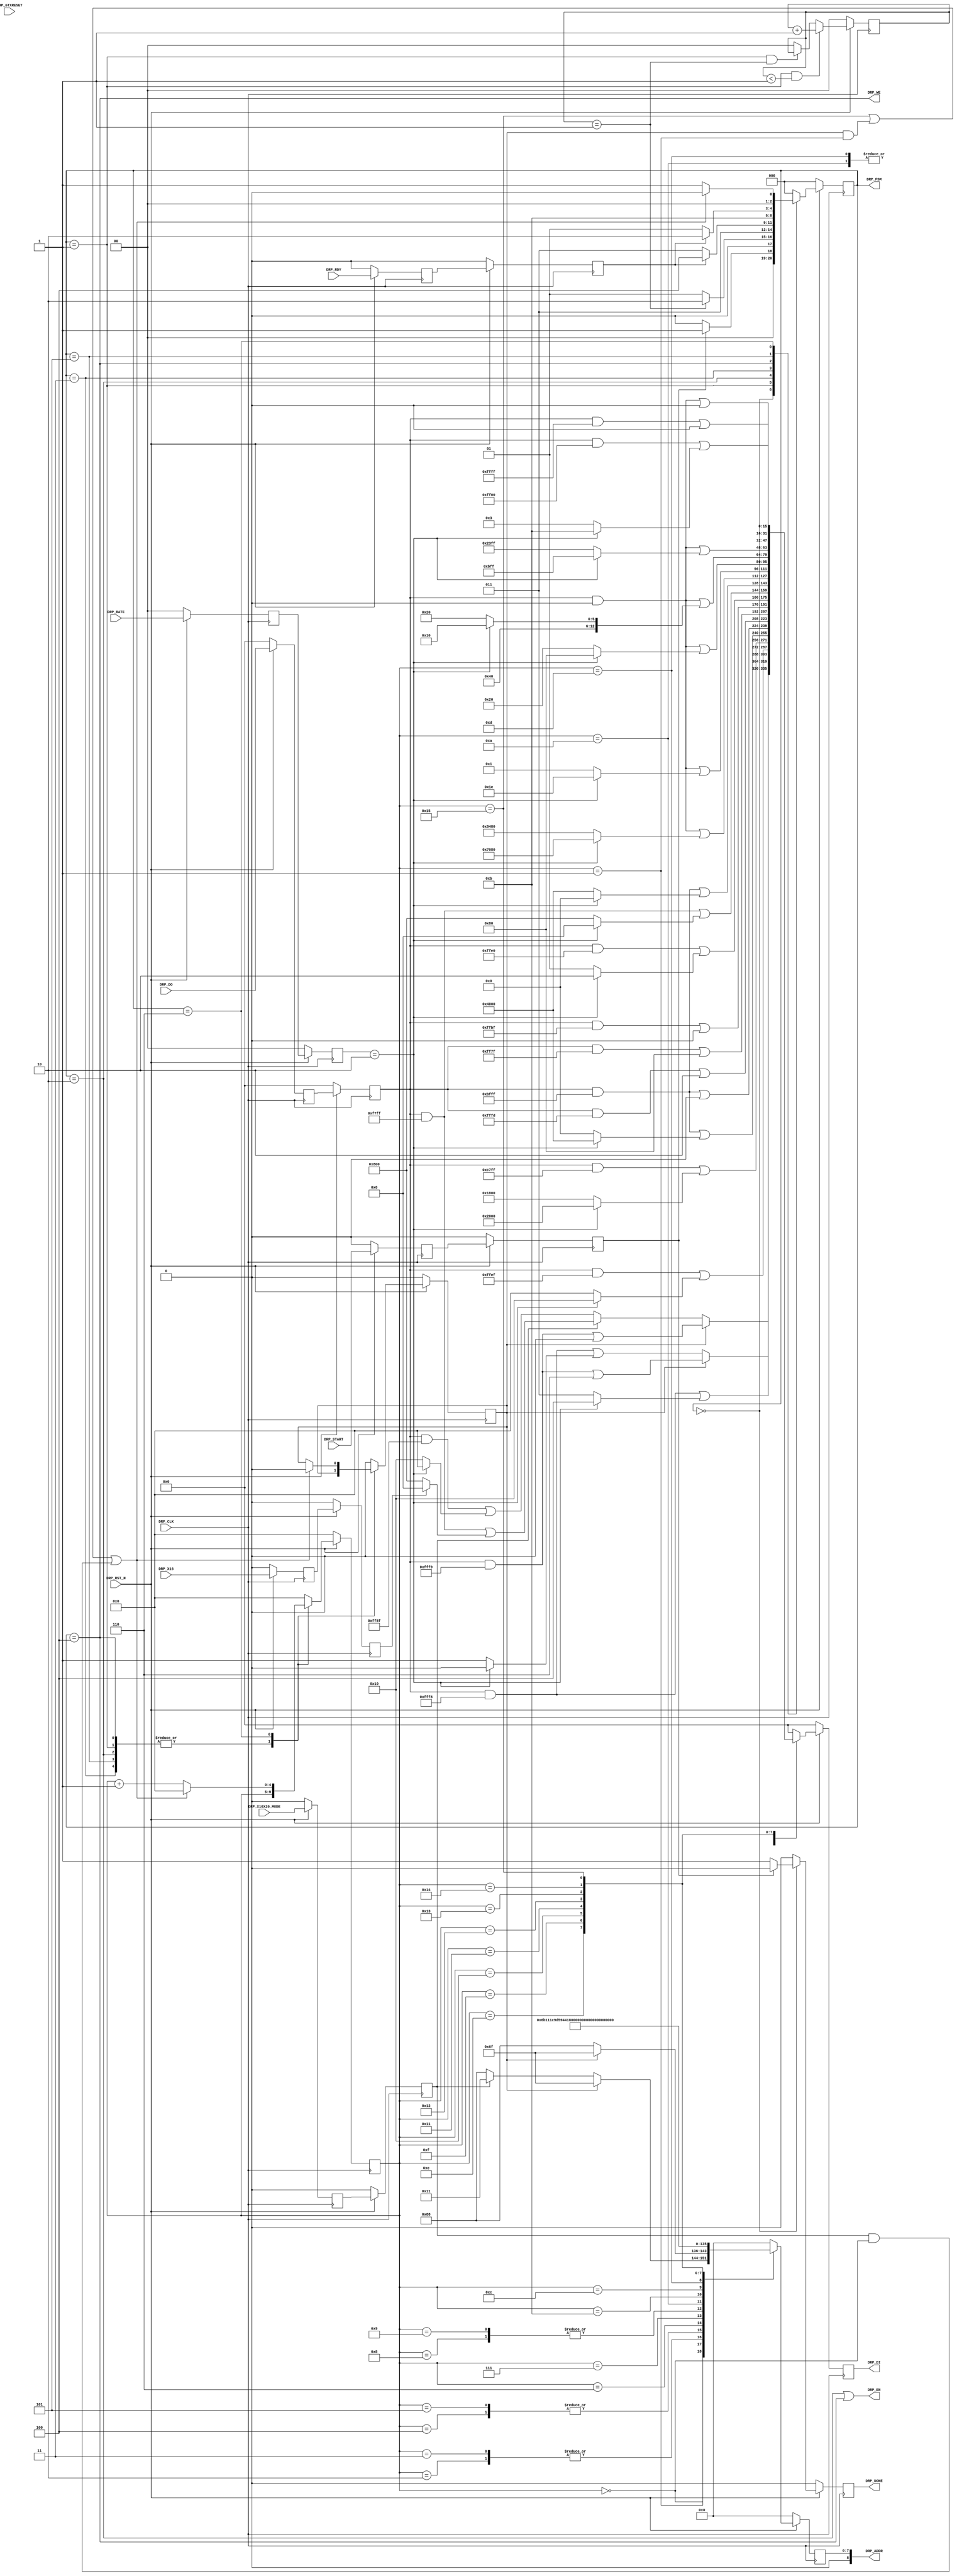
//-----------------------------------------------------------------------------
//
// (c) Copyright 2010-2011 Xilinx, Inc. All rights reserved.
//
// This file contains confidential and proprietary information
// of Xilinx, Inc. and is protected under U.S. and
// international copyright and other intellectual property
// laws.
//
// DISCLAIMER
// This disclaimer is not a license and does not grant any
// rights to the materials distributed herewith. Except as
// otherwise provided in a valid license issued to you by
// Xilinx, and to the maximum extent permitted by applicable
// law: (1) THESE MATERIALS ARE MADE AVAILABLE "AS IS" AND
// WITH ALL FAULTS, AND XILINX HEREBY DISCLAIMS ALL WARRANTIES
// AND CONDITIONS, EXPRESS, IMPLIED, OR STATUTORY, INCLUDING
// BUT NOT LIMITED TO WARRANTIES OF MERCHANTABILITY, NON-
// INFRINGEMENT, OR FITNESS FOR ANY PARTICULAR PURPOSE; and
// (2) Xilinx shall not be liable (whether in contract or tort,
// including negligence, or under any other theory of
// liability) for any loss or damage of any kind or nature
// related to, arising under or in connection with these
// materials, including for any direct, or any indirect,
// special, incidental, or consequential loss or damage
// (including loss of data, profits, goodwill, or any type of
// loss or damage suffered as a result of any action brought
// by a third party) even if such damage or loss was
// reasonably foreseeable or Xilinx had been advised of the
// possibility of the same.
//
// CRITICAL APPLICATIONS
// Xilinx products are not designed or intended to be fail-
// safe, or for use in any application requiring fail-safe
// performance, such as life-support or safety devices or
// systems, Class III medical devices, nuclear facilities,
// applications related to the deployment of airbags, or any
// other applications that could lead to death, personal
// injury, or severe property or environmental damage
// (individually and collectively, "Critical
// Applications"). Customer assumes the sole risk and
// liability of any use of Xilinx products in Critical
// Applications, subject only to applicable laws and
// regulations governing limitations on product liability.
//
// THIS COPYRIGHT NOTICE AND DISCLAIMER MUST BE RETAINED AS
// PART OF THIS FILE AT ALL TIMES.
//
//-----------------------------------------------------------------------------
// Project    : Series-7 Integrated Block for PCI Express
// Version    : 3.3
//------------------------------------------------------------------------------
//  Description  :  PIPE DRP Module for 7 Series Transceiver
//  Version      :  20.0
//------------------------------------------------------------------------------



`timescale 1ns / 1ps



//---------- PIPE DRP Module ---------------------------------------------------
module Top_xdma_0_0_pcie2_ip_pipe_drp #
(

    parameter PCIE_GT_DEVICE       = "GTX",                                     // PCIe GT device
    parameter PCIE_USE_MODE        = "3.0",                                     // PCIe use mode
    parameter PCIE_ASYNC_EN        = "FALSE",                                   // PCIe async mode
    parameter PCIE_PLL_SEL         = "CPLL",                                    // PCIe PLL select for Gen1/Gen2 only
    parameter PCIE_AUX_CDR_GEN3_EN = "TRUE",                                    // PCIe AUX CDR Gen3 enable
    parameter PCIE_TXBUF_EN        = "FALSE",                                   // PCIe TX buffer enable for Gen1/Gen2 only
    parameter PCIE_RXBUF_EN        = "TRUE",                                    // PCIe RX buffer enable for Gen3      only
    parameter PCIE_TXSYNC_MODE     = 0,                                         // PCIe TX sync mode
    parameter PCIE_RXSYNC_MODE     = 0,                                         // PCIe RX sync mode
    parameter LOAD_CNT_MAX         = 2'd1,                                      // Load max count
    parameter INDEX_MAX            = 5'd21                                      // Index max count
    
)

(
    
    //---------- Input -------------------------------------
    input               DRP_CLK,
    input               DRP_RST_N,
    input               DRP_GTXRESET,
    input       [ 1:0]  DRP_RATE,
    input               DRP_X16X20_MODE,
    input               DRP_X16,
    input               DRP_START,
    input       [15:0]  DRP_DO,
    input               DRP_RDY,
    
    //---------- Output ------------------------------------
    output      [ 8:0]  DRP_ADDR,
    output              DRP_EN,  
    output      [15:0]  DRP_DI,   
    output              DRP_WE,
    output              DRP_DONE,
    output      [ 2:0]  DRP_FSM
    
);

    //---------- Input Registers ---------------------------
(* ASYNC_REG = "TRUE", SHIFT_EXTRACT = "NO" *)    reg                 gtxreset_reg1;
(* ASYNC_REG = "TRUE", SHIFT_EXTRACT = "NO" *)    reg         [ 1:0]  rate_reg1;
(* ASYNC_REG = "TRUE", SHIFT_EXTRACT = "NO" *)    reg                 x16x20_mode_reg1;
(* ASYNC_REG = "TRUE", SHIFT_EXTRACT = "NO" *)    reg                 x16_reg1;
(* ASYNC_REG = "TRUE", SHIFT_EXTRACT = "NO" *)    reg                 start_reg1;
(* ASYNC_REG = "TRUE", SHIFT_EXTRACT = "NO" *)    reg         [15:0]  do_reg1;
(* ASYNC_REG = "TRUE", SHIFT_EXTRACT = "NO" *)    reg                 rdy_reg1;
    
(* ASYNC_REG = "TRUE", SHIFT_EXTRACT = "NO" *)    reg                 gtxreset_reg2;
(* ASYNC_REG = "TRUE", SHIFT_EXTRACT = "NO" *)    reg         [ 1:0]  rate_reg2;
(* ASYNC_REG = "TRUE", SHIFT_EXTRACT = "NO" *)    reg                 x16x20_mode_reg2;
(* ASYNC_REG = "TRUE", SHIFT_EXTRACT = "NO" *)    reg                 x16_reg2;
(* ASYNC_REG = "TRUE", SHIFT_EXTRACT = "NO" *)    reg                 start_reg2;
(* ASYNC_REG = "TRUE", SHIFT_EXTRACT = "NO" *)    reg         [15:0]  do_reg2;
(* ASYNC_REG = "TRUE", SHIFT_EXTRACT = "NO" *)    reg                 rdy_reg2;
    
    //---------- Internal Signals --------------------------
    reg         [ 1:0]  load_cnt =  2'd0;
    reg         [ 4:0]  index    =  5'd0;
    reg                 mode     =  1'd0;
    reg         [ 8:0]  addr_reg =  9'd0;
    reg         [15:0]  di_reg   = 16'd0;
    
    //---------- Output Registers --------------------------
    reg                 done     =  1'd0;
    reg         [ 2:0]  fsm      =  0;      
                        
    //---------- DRP Address -------------------------------
    //  DRP access for *RXCDR_EIDLE includes 
    //    - [11] RXCDR_HOLD_DURING_EIDLE
    //    - [12] RXCDR_FR_RESET_ON_EIDLE
    //    - [13] RXCDR_PH_RESET_ON_EIDLE
    //------------------------------------------------------
    localparam          ADDR_PCS_RSVD_ATTR        = 9'h06F;
    localparam          ADDR_TXOUT_DIV            = 9'h088;
    localparam          ADDR_RXOUT_DIV            = 9'h088;
    localparam          ADDR_TX_DATA_WIDTH        = 9'h06B;            
    localparam          ADDR_TX_INT_DATAWIDTH     = 9'h06B;         
    localparam          ADDR_RX_DATA_WIDTH        = 9'h011;            
    localparam          ADDR_RX_INT_DATAWIDTH     = 9'h011;              
    localparam          ADDR_TXBUF_EN             = 9'h01C;           
    localparam          ADDR_RXBUF_EN             = 9'h09D;
    localparam          ADDR_TX_XCLK_SEL          = 9'h059;
    localparam          ADDR_RX_XCLK_SEL          = 9'h059;                 
    localparam          ADDR_CLK_CORRECT_USE      = 9'h044; 
    localparam          ADDR_TX_DRIVE_MODE        = 9'h019;
    localparam          ADDR_RXCDR_EIDLE          = 9'h0A7;  
    localparam          ADDR_RX_DFE_LPM_EIDLE     = 9'h01E;
    localparam          ADDR_PMA_RSV_A            = 9'h099;
    localparam          ADDR_PMA_RSV_B            = 9'h09A;
    localparam          ADDR_RXCDR_CFG_A          = 9'h0A8;
    localparam          ADDR_RXCDR_CFG_B          = 9'h0A9;
    localparam          ADDR_RXCDR_CFG_C          = 9'h0AA;
    localparam          ADDR_RXCDR_CFG_D          = 9'h0AB;
    localparam          ADDR_RXCDR_CFG_E          = 9'h0AC;
    localparam          ADDR_RXCDR_CFG_F          = 9'h0AD;  // GTH only
    
    //---------- DRP Mask ----------------------------------
    localparam          MASK_PCS_RSVD_ATTR        = 16'b1111111111111001;  // Unmask bit [ 2: 1]
    localparam          MASK_TXOUT_DIV            = 16'b1111111110001111;  // Unmask bit [ 6: 4]
    localparam          MASK_RXOUT_DIV            = 16'b1111111111111000;  // Unmask bit [ 2: 0]
    localparam          MASK_TX_DATA_WIDTH        = 16'b1111111111111000;  // Unmask bit [ 2: 0]   
    localparam          MASK_TX_INT_DATAWIDTH     = 16'b1111111111101111;  // Unmask bit [    4]
    localparam          MASK_RX_DATA_WIDTH        = 16'b1100011111111111;  // Unmask bit [13:11]  
    localparam          MASK_X16X20_RX_DATA_WIDTH = 16'b1111011111111111;  // Unmask bit [   11] // for x16 or x20 mode only 
    localparam          MASK_RX_INT_DATAWIDTH     = 16'b1011111111111111;  // Unmask bit [   14]  
    localparam          MASK_TXBUF_EN             = 16'b1011111111111111;  // Unmask bit [   14]  
    localparam          MASK_RXBUF_EN             = 16'b1111111111111101;  // Unmask bit [    1] 
    localparam          MASK_TX_XCLK_SEL          = 16'b1111111101111111;  // Unmask bit [    7]    
    localparam          MASK_RX_XCLK_SEL          = 16'b1111111110111111;  // Unmask bit [    6]       
    localparam          MASK_CLK_CORRECT_USE      = 16'b1011111111111111;  // Unmask bit [   14]
    localparam          MASK_TX_DRIVE_MODE        = 16'b1111111111100000;  // Unmask bit [  4:0]      
    localparam          MASK_RXCDR_EIDLE          = 16'b1111011111111111;  // Unmask bit [   11]  
    localparam          MASK_RX_DFE_LPM_EIDLE     = 16'b1011111111111111;  // Unmask bit [   14] 
    localparam          MASK_PMA_RSV_A            = 16'b0000000000000000;  // Unmask bit [15: 0]
    localparam          MASK_PMA_RSV_B            = 16'b0000000000000000;  // Unmask bit [15: 0]
    localparam          MASK_RXCDR_CFG_A          = 16'b0000000000000000;  // Unmask bit [15: 0]
    localparam          MASK_RXCDR_CFG_B          = 16'b0000000000000000;  // Unmask bit [15: 0]
    localparam          MASK_RXCDR_CFG_C          = 16'b0000000000000000;  // Unmask bit [15: 0]    
    localparam          MASK_RXCDR_CFG_D          = 16'b0000000000000000;  // Unmask bit [15: 0]  
    localparam          MASK_RXCDR_CFG_E_GTX      = 16'b1111111100000000;  // Unmask bit [ 7: 0]   
    localparam          MASK_RXCDR_CFG_E_GTH      = 16'b0000000000000000;  // Unmask bit [15: 0] 
    localparam          MASK_RXCDR_CFG_F_GTX      = 16'b1111111111111111;  // Unmask bit [     ] 
    localparam          MASK_RXCDR_CFG_F_GTH      = 16'b1111111111111000;  // Unmask bit [ 2: 0]
         
    //---------- DRP Data for PCIe Gen1 and Gen2 -----------
    localparam          GEN12_TXOUT_DIV           = (PCIE_PLL_SEL == "QPLL") ? 16'b0000000000100000 : 16'b0000000000010000;  // Divide by 4 or 2
    localparam          GEN12_RXOUT_DIV           = (PCIE_PLL_SEL == "QPLL") ? 16'b0000000000000010 : 16'b0000000000000001;  // Divide by 4 or 2
    localparam          GEN12_TX_DATA_WIDTH       = 16'b0000000000000011;  // 2-byte (16-bit) external data width   
    localparam          GEN12_TX_INT_DATAWIDTH    = 16'b0000000000000000;  // 2-byte (20-bit) internal data width
    localparam          GEN12_RX_DATA_WIDTH       = 16'b0001100000000000;  // 2-byte (16-bit) external data width
    localparam          GEN12_RX_INT_DATAWIDTH    = 16'b0000000000000000;  // 2-byte (20-bit) internal data width
    localparam          GEN12_TXBUF_EN            = 16'b0100000000000000;  // Use TX buffer if PCIE_TXBUF_EN == "TRUE"
    localparam          GEN12_RXBUF_EN            = 16'b0000000000000010;  // Use RX buffer 
    localparam          GEN12_TX_XCLK_SEL         = 16'b0000000000000000;  // Use TXOUT if PCIE_TXBUF_EN == "TRUE"
    localparam          GEN12_RX_XCLK_SEL         = 16'b0000000000000000;  // Use RXREC  
    localparam          GEN12_CLK_CORRECT_USE     = 16'b0100000000000000;  // Use clock correction
    localparam          GEN12_TX_DRIVE_MODE       = 16'b0000000000000001;  // Use PIPE   Gen1 and Gen2 mode    
    localparam          GEN12_RXCDR_EIDLE         = 16'b0000100000000000;  // Hold RXCDR during electrical idle 
    localparam          GEN12_RX_DFE_LPM_EIDLE    = 16'b0100000000000000;  // Hold RX DFE or LPM during electrical idle
    localparam          GEN12_PMA_RSV_A_GTX       = 16'b1000010010000000;  // 16'h8480
    localparam          GEN12_PMA_RSV_B_GTX       = 16'b0000000000000001;  // 16'h0001
    localparam          GEN12_PMA_RSV_A_GTH       = 16'b0000000000001000;  // 16'h0008
    localparam          GEN12_PMA_RSV_B_GTH       = 16'b0000000000000000;  // 16'h0000
    //----------
    localparam          GEN12_RXCDR_CFG_A_GTX     = 16'h0020;              // 16'h0020
    localparam          GEN12_RXCDR_CFG_B_GTX     = 16'h1020;              // 16'h1020
    localparam          GEN12_RXCDR_CFG_C_GTX     = 16'h23FF;              // 16'h23FF
    localparam          GEN12_RXCDR_CFG_D_GTX_S   = 16'h0000;              // 16'h0000 Sync
    localparam          GEN12_RXCDR_CFG_D_GTX_A   = 16'h8000;              // 16'h8000 Async    
    localparam          GEN12_RXCDR_CFG_E_GTX     = 16'h0003;              // 16'h0003
    localparam          GEN12_RXCDR_CFG_F_GTX     = 16'h0000;              // 16'h0000
    //----------
    localparam          GEN12_RXCDR_CFG_A_GTH_S   = 16'h0018;              // 16'h0018 Sync
    localparam          GEN12_RXCDR_CFG_A_GTH_A   = 16'h8018;              // 16'h8018 Async
    localparam          GEN12_RXCDR_CFG_B_GTH     = 16'hC208;              // 16'hC208
    localparam          GEN12_RXCDR_CFG_C_GTH     = 16'h2000;              // 16'h2000
    localparam          GEN12_RXCDR_CFG_D_GTH     = 16'h07FE;              // 16'h07FE
    localparam          GEN12_RXCDR_CFG_E_GTH     = 16'h0020;              // 16'h0020
    localparam          GEN12_RXCDR_CFG_F_GTH     = 16'h0000;              // 16'h0000  
    
    //---------- DRP Data for PCIe Gen3 --------------------                 
    localparam          GEN3_TXOUT_DIV            = 16'b0000000000000000;  // Divide by 1
    localparam          GEN3_RXOUT_DIV            = 16'b0000000000000000;  // Divide by 1
    localparam          GEN3_TX_DATA_WIDTH        = 16'b0000000000000100;  // 4-byte (32-bit) external data width                     
    localparam          GEN3_TX_INT_DATAWIDTH     = 16'b0000000000010000;  // 4-byte (32-bit) internal data width               
    localparam          GEN3_RX_DATA_WIDTH        = 16'b0010000000000000;  // 4-byte (32-bit) external data width                  
    localparam          GEN3_RX_INT_DATAWIDTH     = 16'b0100000000000000;  // 4-byte (32-bit) internal data width               
    localparam          GEN3_TXBUF_EN             = 16'b0000000000000000;  // Bypass TX buffer 
    localparam          GEN3_RXBUF_EN             = 16'b0000000000000000;  // Bypass RX buffer  
    localparam          GEN3_TX_XCLK_SEL          = 16'b0000000010000000;  // Use TXUSR  
    localparam          GEN3_RX_XCLK_SEL          = 16'b0000000001000000;  // Use RXUSR                         
    localparam          GEN3_CLK_CORRECT_USE      = 16'b0000000000000000;  // Bypass clock correction  
    localparam          GEN3_TX_DRIVE_MODE        = 16'b0000000000000010;  // Use PIPE Gen3 mode   
    localparam          GEN3_RXCDR_EIDLE          = 16'b0000000000000000;  // Disable Hold RXCDR during electrical idle 
    localparam          GEN3_RX_DFE_LPM_EIDLE     = 16'b0000000000000000;  // Disable RX DFE or LPM during electrical idle   
    localparam          GEN3_PMA_RSV_A_GTX        = 16'b0111000010000000;  // 16'h7080
    localparam          GEN3_PMA_RSV_B_GTX        = 16'b0000000000011110;  // 16'h001E
    localparam          GEN3_PMA_RSV_A_GTH        = 16'b0000000000001000;  // 16'h0008
    localparam          GEN3_PMA_RSV_B_GTH        = 16'b0000000000000000;  // 16'h0000   
    //---------- 
    localparam          GEN3_RXCDR_CFG_A_GTX      = 16'h0080;              // 16'h0080
    localparam          GEN3_RXCDR_CFG_B_GTX      = 16'h1010;              // 16'h1010
    localparam          GEN3_RXCDR_CFG_C_GTX      = 16'h0BFF;              // 16'h0BFF
    localparam          GEN3_RXCDR_CFG_D_GTX_S    = 16'h0000;              // 16'h0000 Sync
    localparam          GEN3_RXCDR_CFG_D_GTX_A    = 16'h8000;              // 16'h8000 Async    
    localparam          GEN3_RXCDR_CFG_E_GTX      = 16'h000B;              // 16'h000B
    localparam          GEN3_RXCDR_CFG_F_GTX      = 16'h0000;              // 16'h0000
    //----------                                 
  //localparam          GEN3_RXCDR_CFG_A_GTH_S    = 16'h0018;              // 16'h0018 Sync
  //localparam          GEN3_RXCDR_CFG_A_GTH_A    = 16'h8018;              // 16'h8018 Async
  //localparam          GEN3_RXCDR_CFG_B_GTH      = 16'hC208;              // 16'hC848
  //localparam          GEN3_RXCDR_CFG_C_GTH      = 16'h2000;              // 16'h1000
  //localparam          GEN3_RXCDR_CFG_D_GTH      = 16'h07FE;              // 16'h07FE v1.0 silicon
  //localparam          GEN3_RXCDR_CFG_D_GTH_AUX  = 16'h0FFE;              // 16'h07FE v2.0 silicon, [62:59] AUX CDR configuration
  //localparam          GEN3_RXCDR_CFG_E_GTH      = 16'h0020;              // 16'h0010
  //localparam          GEN3_RXCDR_CFG_F_GTH      = 16'h0000;              // 16'h0000 v1.0 silicon
  //localparam          GEN3_RXCDR_CFG_F_GTH_AUX  = 16'h0002;              // 16'h0000 v2.0 silicon, [81] AUX CDR enable
    //----------                                 
    localparam          GEN3_RXCDR_CFG_A_GTH_S    = 16'h0018;              // 16'h0018 Sync
    localparam          GEN3_RXCDR_CFG_A_GTH_A    = 16'h8018;              // 16'h8018 Async
    localparam          GEN3_RXCDR_CFG_B_GTH      = 16'hC848;              // 16'hC848
    localparam          GEN3_RXCDR_CFG_C_GTH      = 16'h1000;              // 16'h1000
    localparam          GEN3_RXCDR_CFG_D_GTH      = 16'h07FE;              // 16'h07FE v1.0 silicon
    localparam          GEN3_RXCDR_CFG_D_GTH_AUX  = 16'h0FFE;              // 16'h07FE v2.0 silicon, [62:59] AUX CDR configuration
    localparam          GEN3_RXCDR_CFG_E_GTH      = 16'h0010;              // 16'h0010
    localparam          GEN3_RXCDR_CFG_F_GTH      = 16'h0000;              // 16'h0000 v1.0 silicon
    localparam          GEN3_RXCDR_CFG_F_GTH_AUX  = 16'h0002;              // 16'h0000 v2.0 silicon, [81] AUX CDR enable
      
    //---------- DRP Data for PCIe Gen1, Gen2 and Gen3 -----    
    localparam          GEN123_PCS_RSVD_ATTR_A    = 16'b0000000000000000;  // Auto TX and RX sync mode
    localparam          GEN123_PCS_RSVD_ATTR_M_TX = 16'b0000000000000010;  // Manual TX sync mode
    localparam          GEN123_PCS_RSVD_ATTR_M_RX = 16'b0000000000000100;  // Manual RX sync mode
      
    //---------- DRP Data for x16 --------------------------
    localparam          X16_RX_DATAWIDTH   = 16'b0000000000000000;  // 2-byte (16-bit) internal data width
    
    //---------- DRP Data for x20 --------------------------                                  
    localparam          X20_RX_DATAWIDTH   = 16'b0000100000000000;  // 2-byte (20-bit) internal data width       
      
    //---------- DRP Data ----------------------------------     
    wire        [15:0]  data_txout_div;
    wire        [15:0]  data_rxout_div;
    wire        [15:0]  data_tx_data_width;               
    wire        [15:0]  data_tx_int_datawidth;            
    wire        [15:0]  data_rx_data_width;               
    wire        [15:0]  data_rx_int_datawidth;                
    wire        [15:0]  data_txbuf_en;        
    wire        [15:0]  data_rxbuf_en;        
    wire        [15:0]  data_tx_xclk_sel;
    wire        [15:0]  data_rx_xclk_sel;            
    wire        [15:0]  data_clk_correction_use; 
    wire        [15:0]  data_tx_drive_mode;
    wire        [15:0]  data_rxcdr_eidle;
    wire        [15:0]  data_rx_dfe_lpm_eidle;
    wire        [15:0]  data_pma_rsv_a;
    wire        [15:0]  data_pma_rsv_b;
    
    wire        [15:0]  data_rxcdr_cfg_a;
    wire        [15:0]  data_rxcdr_cfg_b; 
    wire        [15:0]  data_rxcdr_cfg_c;
    wire        [15:0]  data_rxcdr_cfg_d; 
    wire        [15:0]  data_rxcdr_cfg_e;
    wire        [15:0]  data_rxcdr_cfg_f;
        
    wire        [15:0]  data_pcs_rsvd_attr_a;  
    wire        [15:0]  data_pcs_rsvd_attr_m_tx; 
    wire        [15:0]  data_pcs_rsvd_attr_m_rx; 
    wire        [15:0]  data_pcs_rsvd_attr_m;   
                
    wire        [15:0]  data_x16x20_rx_datawidth;    
           
    //---------- FSM ---------------------------------------  
    localparam          FSM_IDLE  = 0;  
    localparam          FSM_LOAD  = 1;                           
    localparam          FSM_READ  = 2;
    localparam          FSM_RRDY  = 3;
    localparam          FSM_WRITE = 4;
    localparam          FSM_WRDY  = 5;    
    localparam          FSM_DONE  = 6;   

    
    
//---------- Input FF ----------------------------------------------------------
always @ (posedge DRP_CLK)
begin

    if (!DRP_RST_N)
        begin
        //---------- 1st Stage FF --------------------------
        gtxreset_reg1    <=  1'd0;
        rate_reg1        <=  2'd0;
        x16x20_mode_reg1 <=  1'd0;
        x16_reg1         <=  1'd0;
        do_reg1          <= 16'd0;
        rdy_reg1         <=  1'd0;
        start_reg1       <=  1'd0;
        //---------- 2nd Stage FF --------------------------
        gtxreset_reg2    <=  1'd0;
        rate_reg2        <=  2'd0;
        x16x20_mode_reg2 <=  1'd0;
        x16_reg2         <=  1'd0;
        do_reg2          <= 16'd0;
        rdy_reg2         <=  1'd0;
        start_reg2       <=  1'd0;
        end
        
    else
        begin
        //---------- 1st Stage FF --------------------------
        gtxreset_reg1    <= DRP_GTXRESET;
        rate_reg1        <= DRP_RATE;
        x16x20_mode_reg1 <= DRP_X16X20_MODE;
        x16_reg1         <= DRP_X16;
        do_reg1          <= DRP_DO;
        rdy_reg1         <= DRP_RDY;
        start_reg1       <= DRP_START;
        //---------- 2nd Stage FF --------------------------
        gtxreset_reg2    <= gtxreset_reg1;
        rate_reg2        <= rate_reg1;
        x16x20_mode_reg2 <= x16x20_mode_reg1;
        x16_reg2         <= x16_reg1;
        do_reg2          <= do_reg1;
        rdy_reg2         <= rdy_reg1;
        start_reg2       <= start_reg1;
        end
    
end  



//---------- Select DRP Data ---------------------------------------------------
assign data_txout_div          =  (rate_reg2 == 2'd2)                                ? GEN3_TXOUT_DIV        : GEN12_TXOUT_DIV;
assign data_rxout_div          =  (rate_reg2 == 2'd2)                                ? GEN3_RXOUT_DIV        : GEN12_RXOUT_DIV;
assign data_tx_data_width      =  (rate_reg2 == 2'd2)                                ? GEN3_TX_DATA_WIDTH    : GEN12_TX_DATA_WIDTH;
assign data_tx_int_datawidth   =  (rate_reg2 == 2'd2)                                ? GEN3_TX_INT_DATAWIDTH : GEN12_TX_INT_DATAWIDTH;
assign data_rx_data_width      =  (rate_reg2 == 2'd2)                                ? GEN3_RX_DATA_WIDTH    : GEN12_RX_DATA_WIDTH;

assign data_rx_int_datawidth   =  (rate_reg2 == 2'd2)                                ? GEN3_RX_INT_DATAWIDTH : GEN12_RX_INT_DATAWIDTH;

assign data_txbuf_en           = ((rate_reg2 == 2'd2) || (PCIE_TXBUF_EN == "FALSE")) ? GEN3_TXBUF_EN         : GEN12_TXBUF_EN;
assign data_rxbuf_en           = ((rate_reg2 == 2'd2) && (PCIE_RXBUF_EN == "FALSE")) ? GEN3_RXBUF_EN         : GEN12_RXBUF_EN;
assign data_tx_xclk_sel        = ((rate_reg2 == 2'd2) || (PCIE_TXBUF_EN == "FALSE")) ? GEN3_TX_XCLK_SEL      : GEN12_TX_XCLK_SEL;
assign data_rx_xclk_sel        = ((rate_reg2 == 2'd2) && (PCIE_RXBUF_EN == "FALSE")) ? GEN3_RX_XCLK_SEL      : GEN12_RX_XCLK_SEL;
assign data_clk_correction_use =  (rate_reg2 == 2'd2)                                ? GEN3_CLK_CORRECT_USE  : GEN12_CLK_CORRECT_USE;
assign data_tx_drive_mode      =  (rate_reg2 == 2'd2)                                ? GEN3_TX_DRIVE_MODE    : GEN12_TX_DRIVE_MODE;   
assign data_rxcdr_eidle        =  (rate_reg2 == 2'd2)                                ? GEN3_RXCDR_EIDLE      : GEN12_RXCDR_EIDLE;
assign data_rx_dfe_lpm_eidle   =  (rate_reg2 == 2'd2)                                ? GEN3_RX_DFE_LPM_EIDLE : GEN12_RX_DFE_LPM_EIDLE;
assign data_pma_rsv_a          =  (rate_reg2 == 2'd2)                                ? ((PCIE_GT_DEVICE == "GTH") ? GEN3_PMA_RSV_A_GTH  : GEN3_PMA_RSV_A_GTX) :
                                                                                       ((PCIE_GT_DEVICE == "GTH") ? GEN12_PMA_RSV_A_GTH : GEN12_PMA_RSV_A_GTX);
assign data_pma_rsv_b          =  (rate_reg2 == 2'd2)                                ? ((PCIE_GT_DEVICE == "GTH") ? GEN3_PMA_RSV_B_GTH  : GEN3_PMA_RSV_B_GTX) :
                                                                                       ((PCIE_GT_DEVICE == "GTH") ? GEN12_PMA_RSV_B_GTH : GEN12_PMA_RSV_B_GTX);

assign data_rxcdr_cfg_a = (rate_reg2 == 2'd2) ? ((PCIE_GT_DEVICE == "GTH") ? ((PCIE_ASYNC_EN == "TRUE") ? GEN3_RXCDR_CFG_A_GTH_A  : GEN3_RXCDR_CFG_A_GTH_S)  : GEN3_RXCDR_CFG_A_GTX) :
                                                ((PCIE_GT_DEVICE == "GTH") ? ((PCIE_ASYNC_EN == "TRUE") ? GEN12_RXCDR_CFG_A_GTH_A : GEN12_RXCDR_CFG_A_GTH_S) : GEN12_RXCDR_CFG_A_GTX);

assign data_rxcdr_cfg_b = (rate_reg2 == 2'd2) ? ((PCIE_GT_DEVICE == "GTH") ?  GEN3_RXCDR_CFG_B_GTH  : GEN3_RXCDR_CFG_B_GTX) :
                                                ((PCIE_GT_DEVICE == "GTH") ?  GEN12_RXCDR_CFG_B_GTH : GEN12_RXCDR_CFG_B_GTX);

assign data_rxcdr_cfg_c = (rate_reg2 == 2'd2) ? ((PCIE_GT_DEVICE == "GTH") ?  GEN3_RXCDR_CFG_C_GTH  : GEN3_RXCDR_CFG_C_GTX) :
                                                ((PCIE_GT_DEVICE == "GTH") ?  GEN12_RXCDR_CFG_C_GTH : GEN12_RXCDR_CFG_C_GTX);
                                                
assign data_rxcdr_cfg_d = (rate_reg2 == 2'd2) ? ((PCIE_GT_DEVICE == "GTH") ?  ((PCIE_AUX_CDR_GEN3_EN == "TRUE") ? GEN3_RXCDR_CFG_D_GTH_AUX : GEN3_RXCDR_CFG_D_GTH) : ((PCIE_ASYNC_EN == "TRUE") ? GEN3_RXCDR_CFG_D_GTX_A : GEN3_RXCDR_CFG_D_GTX_S)) :
                                                ((PCIE_GT_DEVICE == "GTH") ?  GEN12_RXCDR_CFG_D_GTH : ((PCIE_ASYNC_EN == "TRUE") ? GEN3_RXCDR_CFG_D_GTX_A : GEN3_RXCDR_CFG_D_GTX_S));

assign data_rxcdr_cfg_e = (rate_reg2 == 2'd2) ? ((PCIE_GT_DEVICE == "GTH") ?  GEN3_RXCDR_CFG_E_GTH  : GEN3_RXCDR_CFG_E_GTX) :
                                                ((PCIE_GT_DEVICE == "GTH") ?  GEN12_RXCDR_CFG_E_GTH : GEN12_RXCDR_CFG_E_GTX);
                                                
assign data_rxcdr_cfg_f = (rate_reg2 == 2'd2) ? ((PCIE_GT_DEVICE == "GTH") ?  ((PCIE_AUX_CDR_GEN3_EN == "TRUE") ? GEN3_RXCDR_CFG_F_GTH_AUX : GEN3_RXCDR_CFG_F_GTH) : GEN3_RXCDR_CFG_F_GTX) :
                                                ((PCIE_GT_DEVICE == "GTH") ?  GEN12_RXCDR_CFG_F_GTH : GEN12_RXCDR_CFG_F_GTX);

assign data_pcs_rsvd_attr_a    = GEN123_PCS_RSVD_ATTR_A;
assign data_pcs_rsvd_attr_m_tx = PCIE_TXSYNC_MODE ? GEN123_PCS_RSVD_ATTR_A : GEN123_PCS_RSVD_ATTR_M_TX;
assign data_pcs_rsvd_attr_m_rx = PCIE_RXSYNC_MODE ? GEN123_PCS_RSVD_ATTR_A : GEN123_PCS_RSVD_ATTR_M_RX;
assign data_pcs_rsvd_attr_m    = data_pcs_rsvd_attr_m_tx | data_pcs_rsvd_attr_m_rx;

assign data_x16x20_rx_datawidth = x16_reg2 ? X16_RX_DATAWIDTH : X20_RX_DATAWIDTH;


//---------- Load Counter ------------------------------------------------------
always @ (posedge DRP_CLK)
begin

    if (!DRP_RST_N)
        load_cnt <= 2'd0;
    else
    
        //---------- Increment Load Counter ----------------
        if ((fsm == FSM_LOAD) && (load_cnt < LOAD_CNT_MAX))
            load_cnt <= load_cnt + 2'd1;
            
        //---------- Hold Load Counter ---------------------
        else if ((fsm == FSM_LOAD) && (load_cnt == LOAD_CNT_MAX))
            load_cnt <= load_cnt;
            
        //---------- Reset Load Counter --------------------
        else
            load_cnt <= 2'd0;
        
end 



//---------- Update DRP Address and Data ---------------------------------------
always @ (posedge DRP_CLK)
begin

    if (!DRP_RST_N)
        begin
        addr_reg <=  9'd0;
        di_reg   <= 16'd0;
        end
    else
        begin
        
        case (index)
        
        //--------------------------------------------------      
        5'd0:     
            begin
            addr_reg <= mode             ? ADDR_PCS_RSVD_ATTR : 
                        x16x20_mode_reg2 ? ADDR_RX_DATA_WIDTH : ADDR_TXOUT_DIV; 
            di_reg   <= mode             ? ((do_reg2 & MASK_PCS_RSVD_ATTR)        | data_pcs_rsvd_attr_a) : 
                        x16x20_mode_reg2 ? ((do_reg2 & MASK_X16X20_RX_DATA_WIDTH) | data_x16x20_rx_datawidth) : 
                                           ((do_reg2 & MASK_TXOUT_DIV)            | data_txout_div);
            end 
            
        //--------------------------------------------------      
        5'd1:    
            begin
            addr_reg <= mode ? ADDR_PCS_RSVD_ATTR : ADDR_RXOUT_DIV;
            di_reg   <= mode ? ((do_reg2 & MASK_PCS_RSVD_ATTR)  | data_pcs_rsvd_attr_m) : 
                               ((do_reg2 & MASK_RXOUT_DIV)      | data_rxout_div);
            end 
            
        //--------------------------------------------------
        5'd2 :
            begin        
            addr_reg <= ADDR_TX_DATA_WIDTH;
            di_reg   <= (do_reg2 & MASK_TX_DATA_WIDTH) | data_tx_data_width;
            end
           
        //--------------------------------------------------    
        5'd3 :
            begin        
            addr_reg <= ADDR_TX_INT_DATAWIDTH;
            di_reg   <= (do_reg2 & MASK_TX_INT_DATAWIDTH) | data_tx_int_datawidth;
            end    
        
        //--------------------------------------------------     
        5'd4 :
            begin
            addr_reg <= ADDR_RX_DATA_WIDTH;
            di_reg   <= (do_reg2 & MASK_RX_DATA_WIDTH) | data_rx_data_width;
            end   
        
        //--------------------------------------------------     
        5'd5 :
            begin        
            addr_reg <= ADDR_RX_INT_DATAWIDTH;
            di_reg   <= (do_reg2 & MASK_RX_INT_DATAWIDTH) | data_rx_int_datawidth;
            end  
  
        //--------------------------------------------------         
        5'd6 :
            begin        
            addr_reg <= ADDR_TXBUF_EN;
            di_reg   <= (do_reg2 & MASK_TXBUF_EN) | data_txbuf_en;
            end   
        
        //--------------------------------------------------         
        5'd7 :
            begin        
            addr_reg <= ADDR_RXBUF_EN;
            di_reg   <= (do_reg2 & MASK_RXBUF_EN) | data_rxbuf_en;
            end   
        
        //--------------------------------------------------         
        5'd8 :
            begin        
            addr_reg <= ADDR_TX_XCLK_SEL;
            di_reg   <= (do_reg2 & MASK_TX_XCLK_SEL) | data_tx_xclk_sel;
            end   
        
        //--------------------------------------------------         
        5'd9 :
            begin        
            addr_reg <= ADDR_RX_XCLK_SEL;
            di_reg   <= (do_reg2 & MASK_RX_XCLK_SEL) | data_rx_xclk_sel;
            end   
        
        //--------------------------------------------------      
        5'd10 :
            begin
            addr_reg <= ADDR_CLK_CORRECT_USE;
            di_reg   <= (do_reg2 & MASK_CLK_CORRECT_USE) | data_clk_correction_use;
            end 

        //--------------------------------------------------      
        5'd11 :
            begin
            addr_reg <= ADDR_TX_DRIVE_MODE;
            di_reg   <= (do_reg2 & MASK_TX_DRIVE_MODE) | data_tx_drive_mode;
            end 
            
        //--------------------------------------------------      
        5'd12 :
            begin
            addr_reg <= ADDR_RXCDR_EIDLE;
            di_reg   <= (do_reg2 & MASK_RXCDR_EIDLE) | data_rxcdr_eidle;
            end 
            
        //--------------------------------------------------      
        5'd13 :
            begin
            addr_reg <= ADDR_RX_DFE_LPM_EIDLE;
            di_reg   <= (do_reg2 & MASK_RX_DFE_LPM_EIDLE) | data_rx_dfe_lpm_eidle;
            end     
            
        //--------------------------------------------------      
        5'd14 :
            begin
            addr_reg <= ADDR_PMA_RSV_A;
            di_reg   <= (do_reg2 & MASK_PMA_RSV_A) | data_pma_rsv_a;
            end  
            
        //--------------------------------------------------      
        5'd15 :
            begin
            addr_reg <= ADDR_PMA_RSV_B;
            di_reg   <= (do_reg2 & MASK_PMA_RSV_B) | data_pma_rsv_b;
            end 

        //--------------------------------------------------      
        5'd16 :
            begin
            addr_reg <= ADDR_RXCDR_CFG_A;
            di_reg   <= (do_reg2 & MASK_RXCDR_CFG_A) | data_rxcdr_cfg_a;
            end 
            
        //--------------------------------------------------      
        5'd17 :
            begin
            addr_reg <= ADDR_RXCDR_CFG_B;
            di_reg   <= (do_reg2 & MASK_RXCDR_CFG_B) | data_rxcdr_cfg_b;
            end 
            
        //--------------------------------------------------      
        5'd18 :
            begin
            addr_reg <= ADDR_RXCDR_CFG_C;
            di_reg   <= (do_reg2 & MASK_RXCDR_CFG_C) | data_rxcdr_cfg_c;
            end                         

        //--------------------------------------------------      
        5'd19 :
            begin
            addr_reg <= ADDR_RXCDR_CFG_D;
            di_reg   <= (do_reg2 & MASK_RXCDR_CFG_D) | data_rxcdr_cfg_d;
            end    
            
        //--------------------------------------------------      
        5'd20 :
            begin
            addr_reg <= ADDR_RXCDR_CFG_E;
            di_reg   <= (do_reg2 & ((PCIE_GT_DEVICE == "GTH") ? MASK_RXCDR_CFG_E_GTH : MASK_RXCDR_CFG_E_GTX)) | data_rxcdr_cfg_e;
            end             
            
        //--------------------------------------------------      
        5'd21 :
            begin
            addr_reg <= ADDR_RXCDR_CFG_F;
            di_reg   <= (do_reg2 & ((PCIE_GT_DEVICE == "GTH") ? MASK_RXCDR_CFG_F_GTH : MASK_RXCDR_CFG_F_GTX)) | data_rxcdr_cfg_f;
            end             
            
        //--------------------------------------------------
        default : 
            begin
            addr_reg <=  9'd0;
            di_reg   <= 16'd0;
            end
            
        endcase
        
        end
        
end  



//---------- PIPE DRP FSM ------------------------------------------------------
always @ (posedge DRP_CLK)
begin

    if (!DRP_RST_N)
        begin
        fsm   <= FSM_IDLE;
        index <= 5'd0;
        mode  <= 1'd0;
        done  <= 1'd0;
        end
    else
        begin
        
        case (fsm)

        //---------- Idle State ----------------------------
        FSM_IDLE :  
          
            begin
            //---------- Reset or Rate Change --------------
            if (start_reg2)
                begin
                fsm   <= FSM_LOAD;
                index <= 5'd0;
                mode  <= 1'd0;
                done  <= 1'd0; 
                end
            //---------- GTXRESET --------------------------    
            else if ((gtxreset_reg2 && !gtxreset_reg1) && ((PCIE_TXSYNC_MODE == 0) || (PCIE_RXSYNC_MODE == 0)) && (PCIE_USE_MODE == "1.0"))
                begin
                fsm   <= FSM_LOAD;
                index <= 5'd0;
                mode  <= 1'd1;
                done  <= 1'd0;
                end
            //---------- Idle ------------------------------
            else       
                begin
                fsm   <= FSM_IDLE;
                index <= 5'd0;
                mode  <= 1'd0;
                done  <= 1'd1;
                end 
            end    
            
        //---------- Load DRP Address  ---------------------
        FSM_LOAD :
        
            begin
            fsm   <= (load_cnt == LOAD_CNT_MAX) ? FSM_READ : FSM_LOAD;
            index <= index;
            mode  <= mode;
            done  <= 1'd0;
            end  
            
        //---------- Read DRP ------------------------------
        FSM_READ :
        
            begin
            fsm   <= FSM_RRDY;
            index <= index;
            mode  <= mode;
            done  <= 1'd0;
            end
            
        //---------- Read DRP Ready ------------------------
        FSM_RRDY :    
        
            begin
            fsm   <= rdy_reg2 ? FSM_WRITE : FSM_RRDY;
            index <= index;
            mode  <= mode;
            done  <= 1'd0;
            end
  
            
        //---------- Write DRP -----------------------------
        FSM_WRITE :    
        
            begin
            fsm   <= FSM_WRDY;
            index <= index;
            mode  <= mode;
            done  <= 1'd0;
            end       
            
        //---------- Write DRP Ready -----------------------
        FSM_WRDY :    
        
            begin
            fsm   <= rdy_reg2 ? FSM_DONE : FSM_WRDY;
            index <= index;
            mode  <= mode;
            done  <= 1'd0;
            end        
             
        //---------- DRP Done ------------------------------
        FSM_DONE :
        
            begin
            if ((index == INDEX_MAX) || (mode && (index == 5'd1)) || (x16x20_mode_reg2 && (index == 5'd0)))
                begin
                fsm   <= FSM_IDLE;
                index <= 5'd0;
                mode  <= 1'd0;
                done  <= 1'd0;
                end
            else       
                begin
                fsm   <= FSM_LOAD;
                index <= index + 5'd1;
                mode  <= mode;
                done  <= 1'd0;
                end
            end     
              
        //---------- Default State -------------------------
        default :
        
            begin      
            fsm   <= FSM_IDLE;
            index <= 5'd0;
            mode  <= 1'd0;
            done  <= 1'd0;
            end
            
        endcase
        
        end
        
end 



//---------- PIPE DRP Output ---------------------------------------------------
assign DRP_ADDR = addr_reg;
assign DRP_EN   = (fsm == FSM_READ) || (fsm == FSM_WRITE);
assign DRP_DI   = di_reg;
assign DRP_WE   = (fsm == FSM_WRITE);
assign DRP_DONE = done;
assign DRP_FSM  = fsm;



endmodule